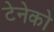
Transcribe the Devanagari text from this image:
टेनेको